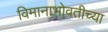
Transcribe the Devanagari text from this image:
विमानाभोवतीच्या